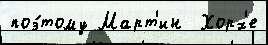
поэ́тому Март'ин  Хорх'е